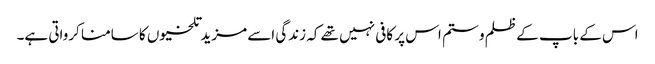
اس کے باپ کے ظلم و ستم اس پر کافی نہیں تھے کہ زندگی اسے مزید تلخیوں کا سامنا کرواتی ہے۔